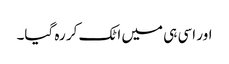
اور اسی ہی میں اٹک کر رہ گیا۔